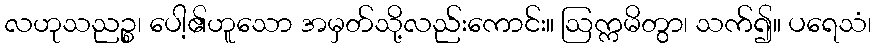
လဟုသညဉ္စ၊ ပေါ့၏ဟူသော အမှတ်သို့လည်းကောင်း။ ဩက္ကမိတွာ၊ သက်၍။ ပရေသံ၊